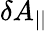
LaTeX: \delta A_{||}